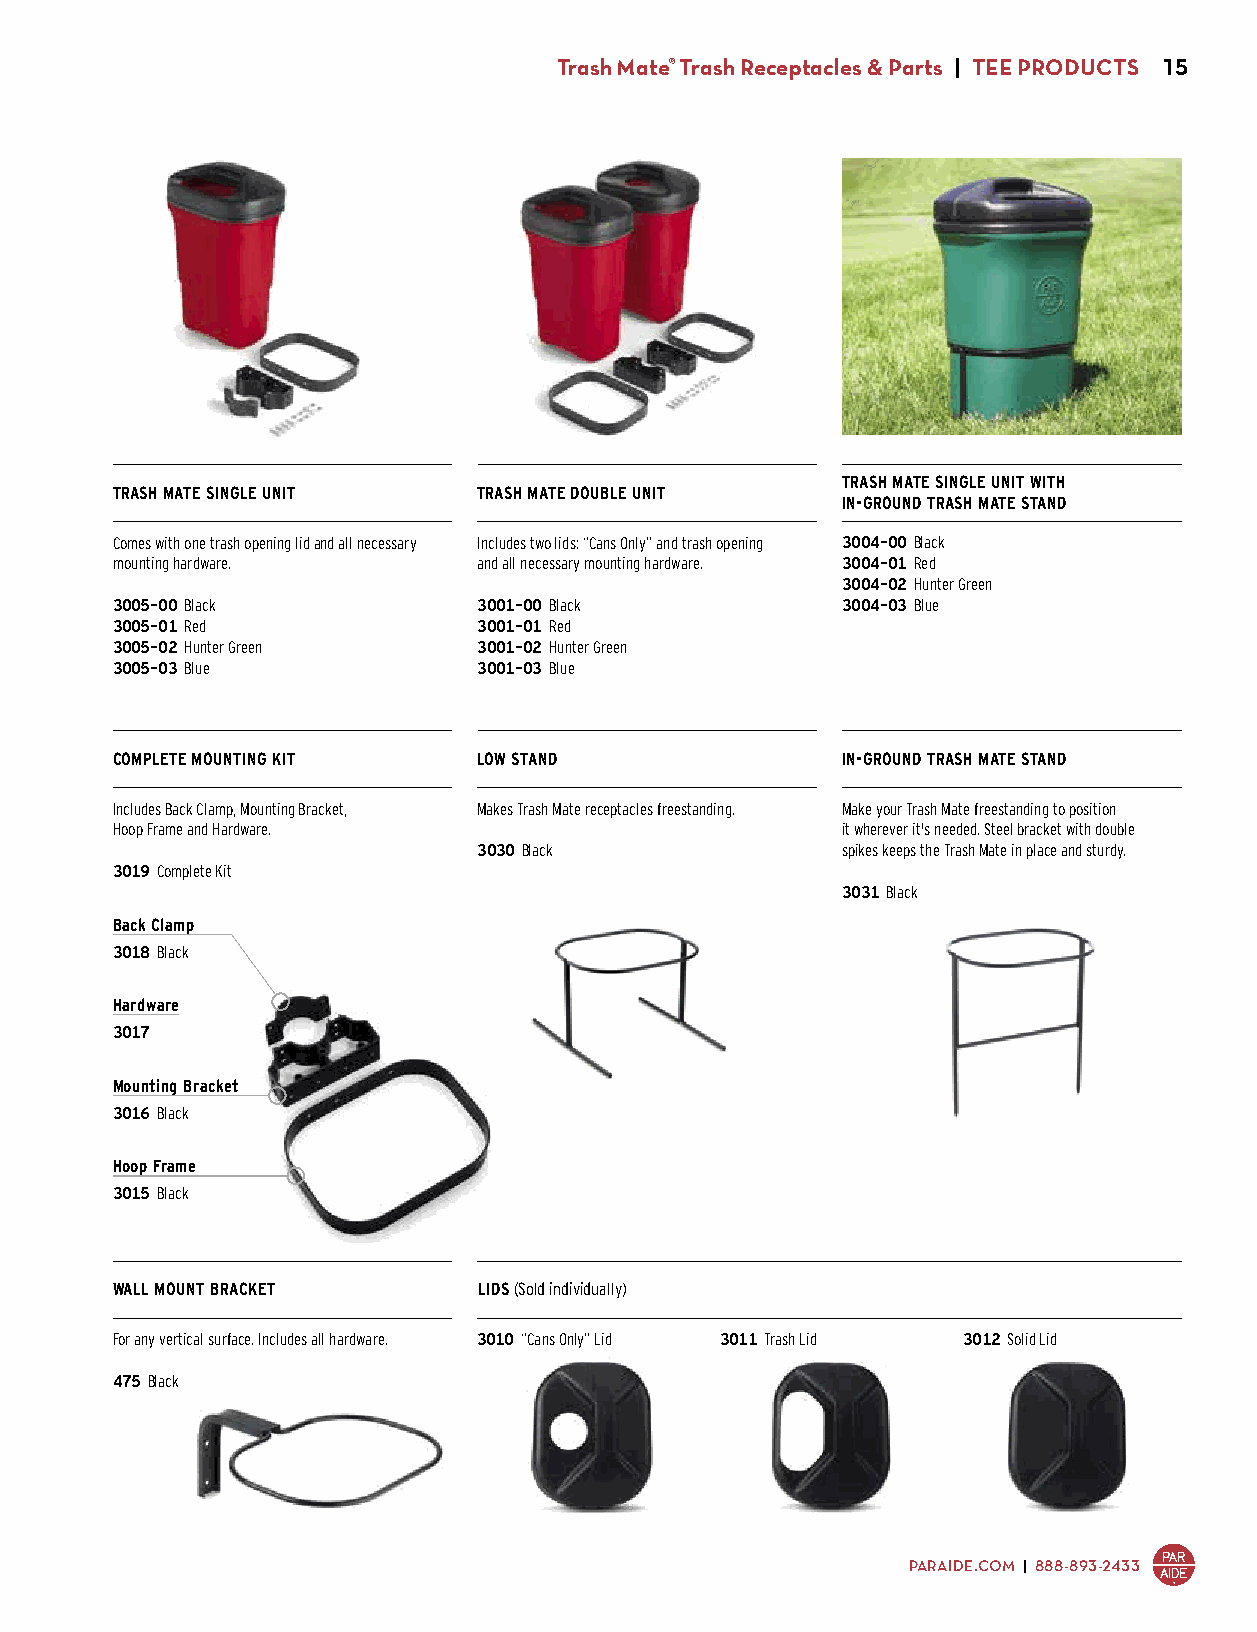
Trash Mate® Trash Receptacles & Parts | TEE PRODUCTS 15
 TRASH MATE SINGLE UNIT WITH
 TRASH MATE SINGLE UNIT   TRASH MATE DOUBLE UNIT
 IN-GROUND TRASH MATE STAND
 Comes with one trash opening lid and all necessary Includes two lids: “Cans Only” and trash opening 3004-00 Black
 mounting hardware.       and all necessary mounting hardware. 3004-01 Red
 3004-02 Hunter Green
 3005-00 Black            3001-00 Black           3004-03 Blue
 3005-01 Red              3001-01 Red             $73.00
 3005-02 Hunter Green     3001-02 Hunter Green
 3005-03 Blue             3001-03 Blue
 $76.00                   $136.00
 COMPLETE MOUNTING KIT    LOW STAND               IN-GROUND TRASH MATE STAND
 Includes Back Clamp, Mounting Bracket, Makes Trash Mate receptacles freestanding. Make your Trash Mate freestanding to position
 Hoop Frame and Hardware.                         it wherever it's needed. Steel bracket with double
 3030 Black              spikes keeps the Trash Mate in place and sturdy.
 3019 Complete Kit        $39.00
 $43.00                                           3031 Black
 $43.00
 Back Clamp
 3018 Black
 $9.00
 Hardware
 3017
 $2.00
 Mounting Bracket
 3016 Black
 $17.00
 Hoop Frame
 3015 Black
 $15.00
 WALL MOUNT BRACKET       LIDS (Sold individually)
 For any vertical surface. Includes all hardware. 3010 “Cans Only” Lid 3011 Trash Lid 3012 Solid Lid
 $13.00          $13.00          $13.00
 475 Black
 $44.00
 PARAIDE.COM | 888-893-2433